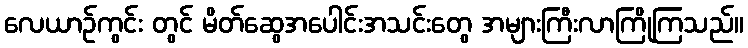
လေယာဉ်ကွင်း တွင် မိတ်ဆွေအပေါင်းအသင်းတွေ အများကြီးလာကြိုကြသည်။